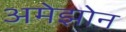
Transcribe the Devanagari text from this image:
अमेझोन